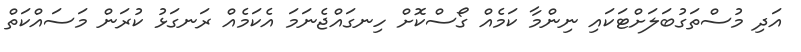
އަދި މުސްތަގުބަލަށްޓަކައި ނިންމާ ކަމެއް ގޯސްކޮށް ހިނގައްޖެނަމަ އެކަމެއް ރަނގަޅު ކުރަން މަސައްކަތް